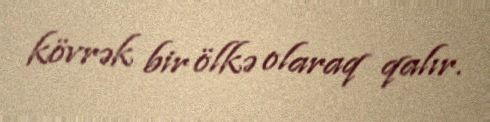
kövrək bir ölkə olaraq qalır.